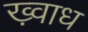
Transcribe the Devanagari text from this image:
ख़्वाध